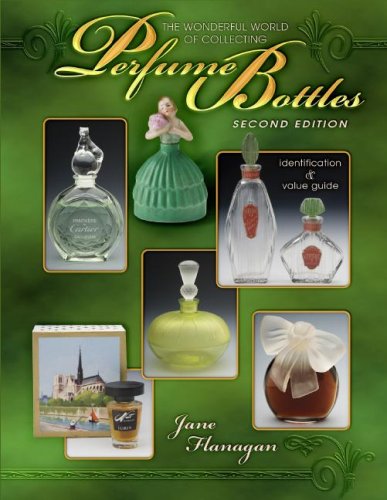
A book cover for The Wonderful World of Collecting Perfume Bottles Second Ed (Wonderful World of Collecting Perfume Bottles: Identification &); Jane Flanagan; Crafts, Hobbies & Home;